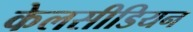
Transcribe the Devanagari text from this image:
केलसीडियन